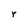
Character: r